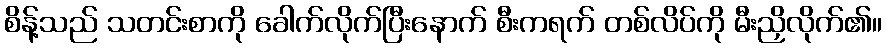
စိန့်သည် သတင်းစာကို ခေါက်လိုက်ပြီးနောက် စီးကရက် တစ်လိပ်ကို မီးညှိလိုက်၏။